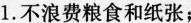
1.不浪费粮食和纸张；